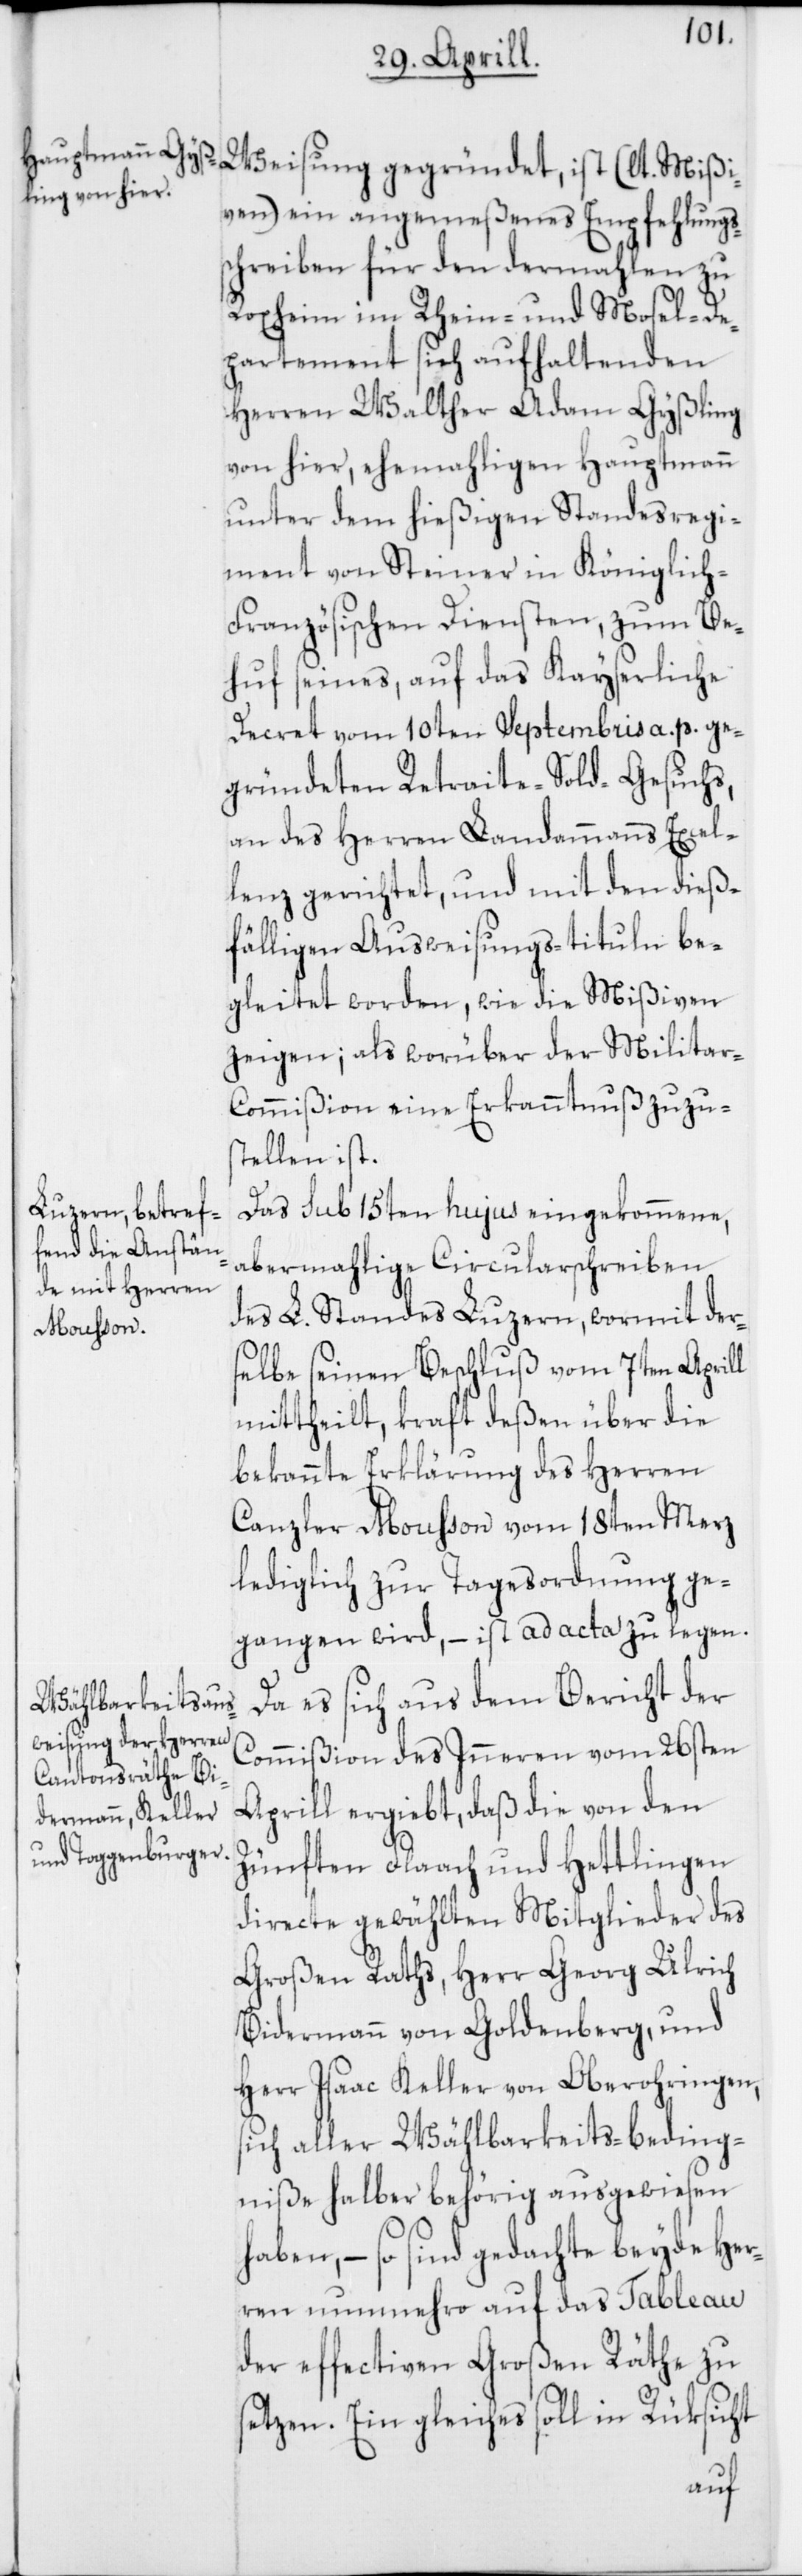
ven) ein angemeßenes Empfehlungs¬
schreiben für den dermahlen zu
Roxheim im Rhein- und Mosel-De¬
partement sich aufhaltenden
Herren Walther Adam Gyßling
von hier, ehemahligen Hauptmann
unter dem hießigen Standesregi¬
ment von Steiner in Königlich-F¬
ranzösischen Diensten, zum Be¬
huf seines, auf das Kayserliche
Decret vom 10ten Septembris a. p. ge¬
gründeten Retraite-Sold-Gesuchs,
an des Herren Landammanns Excel¬
lenz gerichtet, und mit den dieß¬
fälligen Ausweisungs-tituln be¬
gleitet worden, wie die Mißiven
zeigen; als worüber der Milita¬
r-Commißion eine Erkanntnuß zuzu¬
stellen ist.
Das sub 15ten hujus eingekommene,
abermahlige Circularschreiben
des L. Standes Luzern, wormit der¬
Mißi¬
selbe seinen Beschluß vom 7ten Aprill
mittheilt, kraft deßen über die
bekannte Erklärung des Herren
Canzler Mousson vom 18ten Merz
lediglich zur Tagesordnung ge¬
gangen wird, – ist ad acta zu legen.
Da es sich aus dem Bericht der
Commißion des Inneren vom 26sten
Aprill ergiebt, daß die von den
Zünften Flaach und Hettlingen
directe gewählten Mitglieder des
Großen Raths, Herr Georg Ulrich
Bidermann von Goldenberg, und
Herr Isaac Keller von Oberohringen,
sich aller Wählbarkeits-Beding¬
niße halber behörig ausgewiesen
haben, – so sind gedachte beyde Her¬
ren nunmehro auf das Tableau
der effectiven Großen Räthe zu
setzen. Ein gleiches soll in Rüksicht